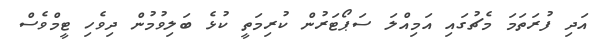
އަދި ފުރަތަމަ މެޗުގައި އަމިއްލަ ސަޕޯޓަރުން ކުރިމަތީ ކުޅެ ބަލިވުމުން ދިވެހި ޓީމްވެސް